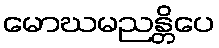
မောဃမညန္တိပေ